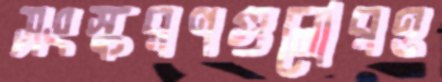
সংস্করণগুলোরও